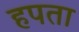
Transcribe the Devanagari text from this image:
हपता